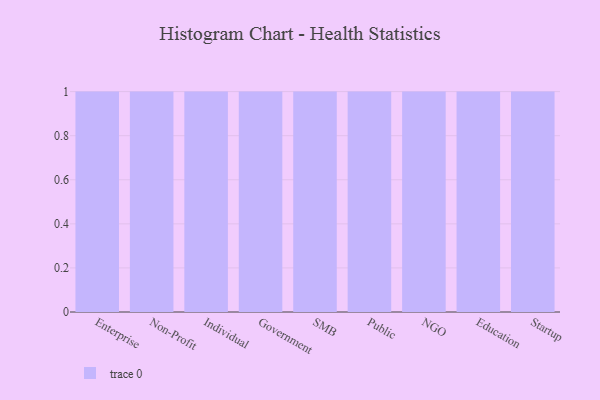
{"axis": {"x": "Segment", "y": "Tickets Resolved"}, "legend": [""], "data": [{"x": "Enterprise", "y": 73, "type": ""}, {"x": "Non-Profit", "y": 93, "type": ""}, {"x": "Individual", "y": 90, "type": ""}, {"x": "Government", "y": 83, "type": ""}, {"x": "SMB", "y": 98, "type": ""}, {"x": "Public", "y": 44, "type": ""}, {"x": "NGO", "y": 6, "type": ""}, {"x": "Education", "y": 9, "type": ""}, {"x": "Startup", "y": 1, "type": ""}]}